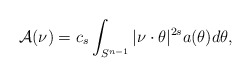
\begin{align*}\mathcal A(\nu)=c_s\int_{S^{n-1}}|\nu\cdot\theta|^{2s}a(\theta)d\theta,\end{align*}